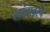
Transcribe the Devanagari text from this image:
खांबावरचे